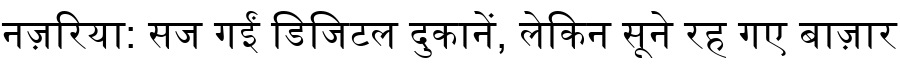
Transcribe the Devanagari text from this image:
नज़रिया: सज गईं डिजिटल दुकानें, लेकिन सूने रह गए बाज़ार